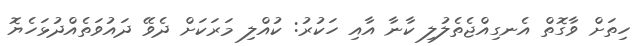
ހިތަށް ވާގޮތް އެނގިއްޖެތެލުލި ކާނާ އާއި ހަކުރު: ކުއްލި މަރަކަށް ދެވޭ ދައުވަތެއްދުޅަހެޔޮ